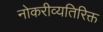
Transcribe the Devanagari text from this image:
नोकरीव्यतिरिक्त